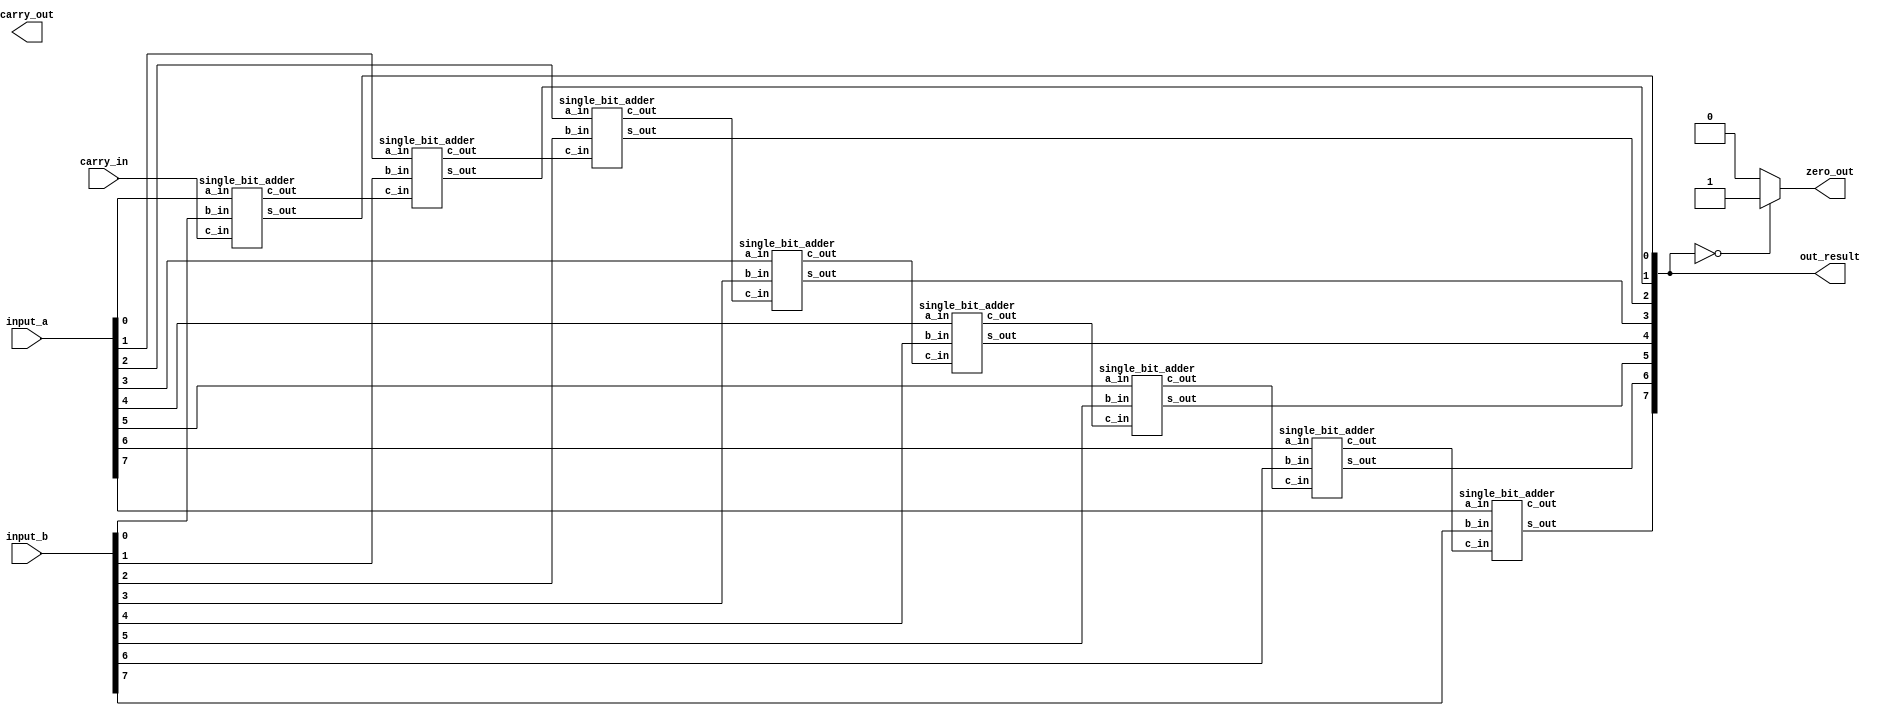
// 16 BIT ADDER MODULE ---------------------------------------------------------->>>>>>

module adder(out_result, carry_out, zero_out, input_a, input_b, carry_in);
output [15:0] out_result;
output carry_out;
output reg zero_out;
input [15:0] input_a,input_b;
input carry_in;
wire [16:0] carry;

assign carry[0] = carry_in;
assign carry_out = carry[16];

genvar i;
generate
	for(i=0 ; i< 8; i=i+1) begin : adder_gen
		single_bit_adder adder_i (out_result[i], carry[i+1], input_a[i], input_b[i], carry[i]);
	end

endgenerate


always@(*)
begin	
	if(out_result == 0)
		zero_out = 1;
	else	
		zero_out =0;
end

endmodule

// Single bit adder module ---------------------------------------------------------->>>>>


module single_bit_adder(s_out, c_out, a_in, b_in, c_in);
output s_out,c_out;
input a_in, b_in,c_in;

assign s_out = a_in ^ b_in ^ c_in;
assign c_out = a_in & b_in | b_in & c_in | c_in & a_in;
endmodule